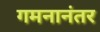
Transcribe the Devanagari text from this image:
गमनानंतर